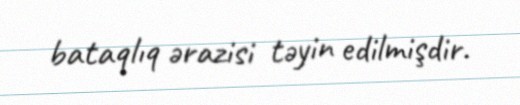
bataqlıq ərazisi təyin edilmişdir.